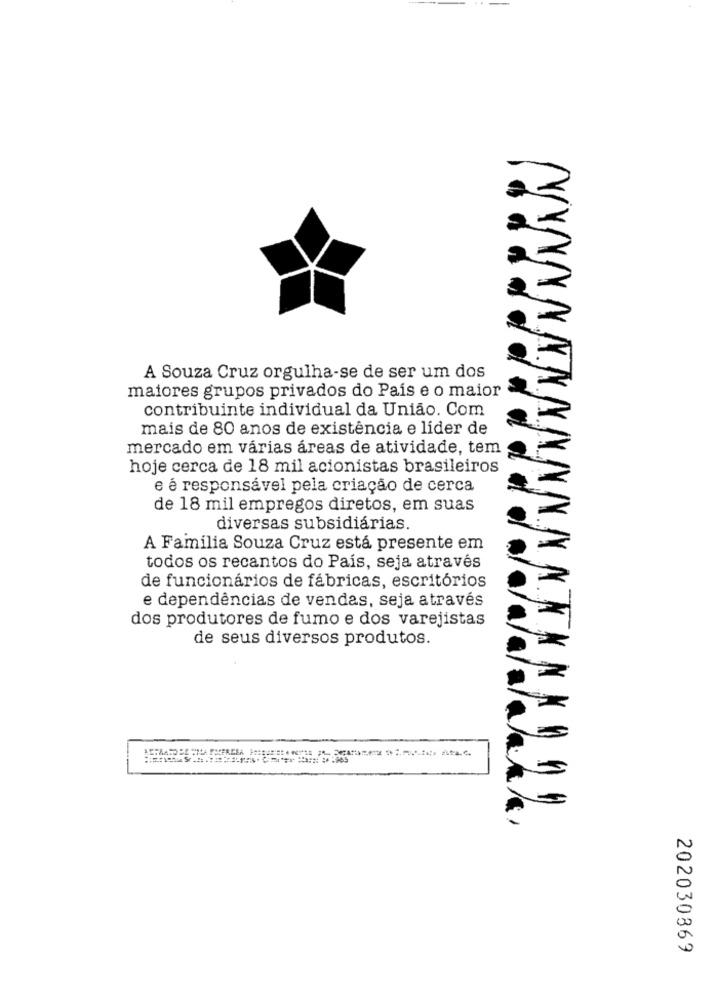
A Souza Cruz orgulha-se de ser um dos
maiores grupos privados do País e o maior
contribuinte individual da União. Com
mais de 80 anos de existência e líder de
mercado em várias áreas de atividade, tem
hoje cerca de 18 mil acionistas brasileiros
e é responsável pela criação de cerca
de 18 mil empregos diretos, em suas
diversas subsidiárias.
A Família Souza Cruz está presente em
todos os recantos do País, seja através
de funcionários de fábricas, escritórios
e dependências de vendas, seja através
dos produtores de fumo e dos varejistas
de seus diversos produtos.
202030869